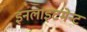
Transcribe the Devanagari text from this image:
इनलाइटमेन्ट